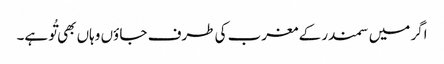
اگر میں سمندر کے مغرب کی طرف جا ؤں وہاں بھی تُو ہے۔